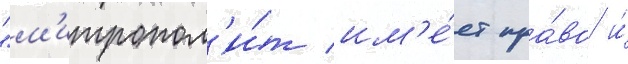
"м'итропол'и́т им'е́ет пра́во и́